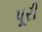
પૂરી